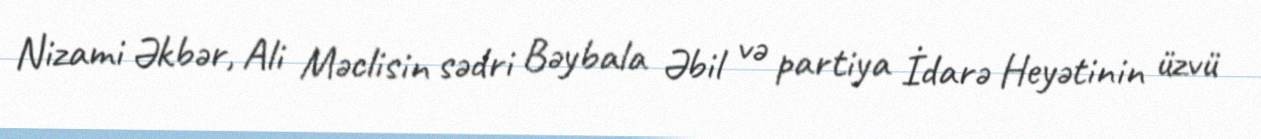
Nizami Əkbər, Ali Məclisin sədri Bəybala Əbil və partiya İdarə Heyətinin üzvü